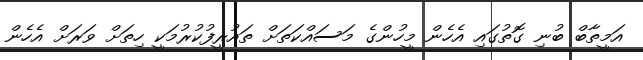
އަމީތާބް ބުނި ގޮތުގައި އެހެން މީހުންގެ މަސައްކަތަށް ތައުރީފުކުރުމަކީ ހިތަށް ވަރަށް އެހެން